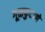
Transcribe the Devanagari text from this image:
गूळफुटाणे